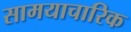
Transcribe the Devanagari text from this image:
सामयाचारिक